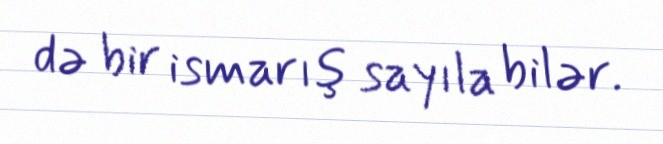
də bir ismarış sayıla bilər.